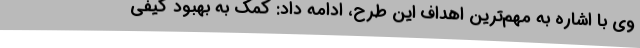
وی با اشاره به مهم‌ترین اهداف این طرح، ادامه داد: کمک به بهبود کیفی